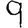
Digit: 9